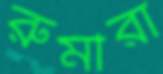
রুমীরা